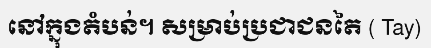
នៅក្នុងតំបន់។ សម្រាប់ប្រជាជនតៃ ( Tay)